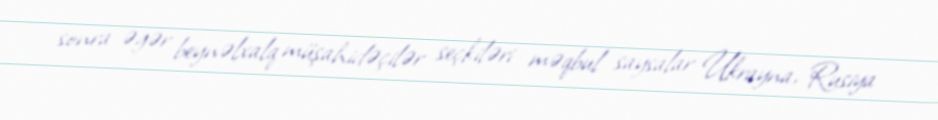
sonra əgər beynəlxalq müşahidəçilər seçkiləri məqbul saysalar Ukrayna, Rusiya